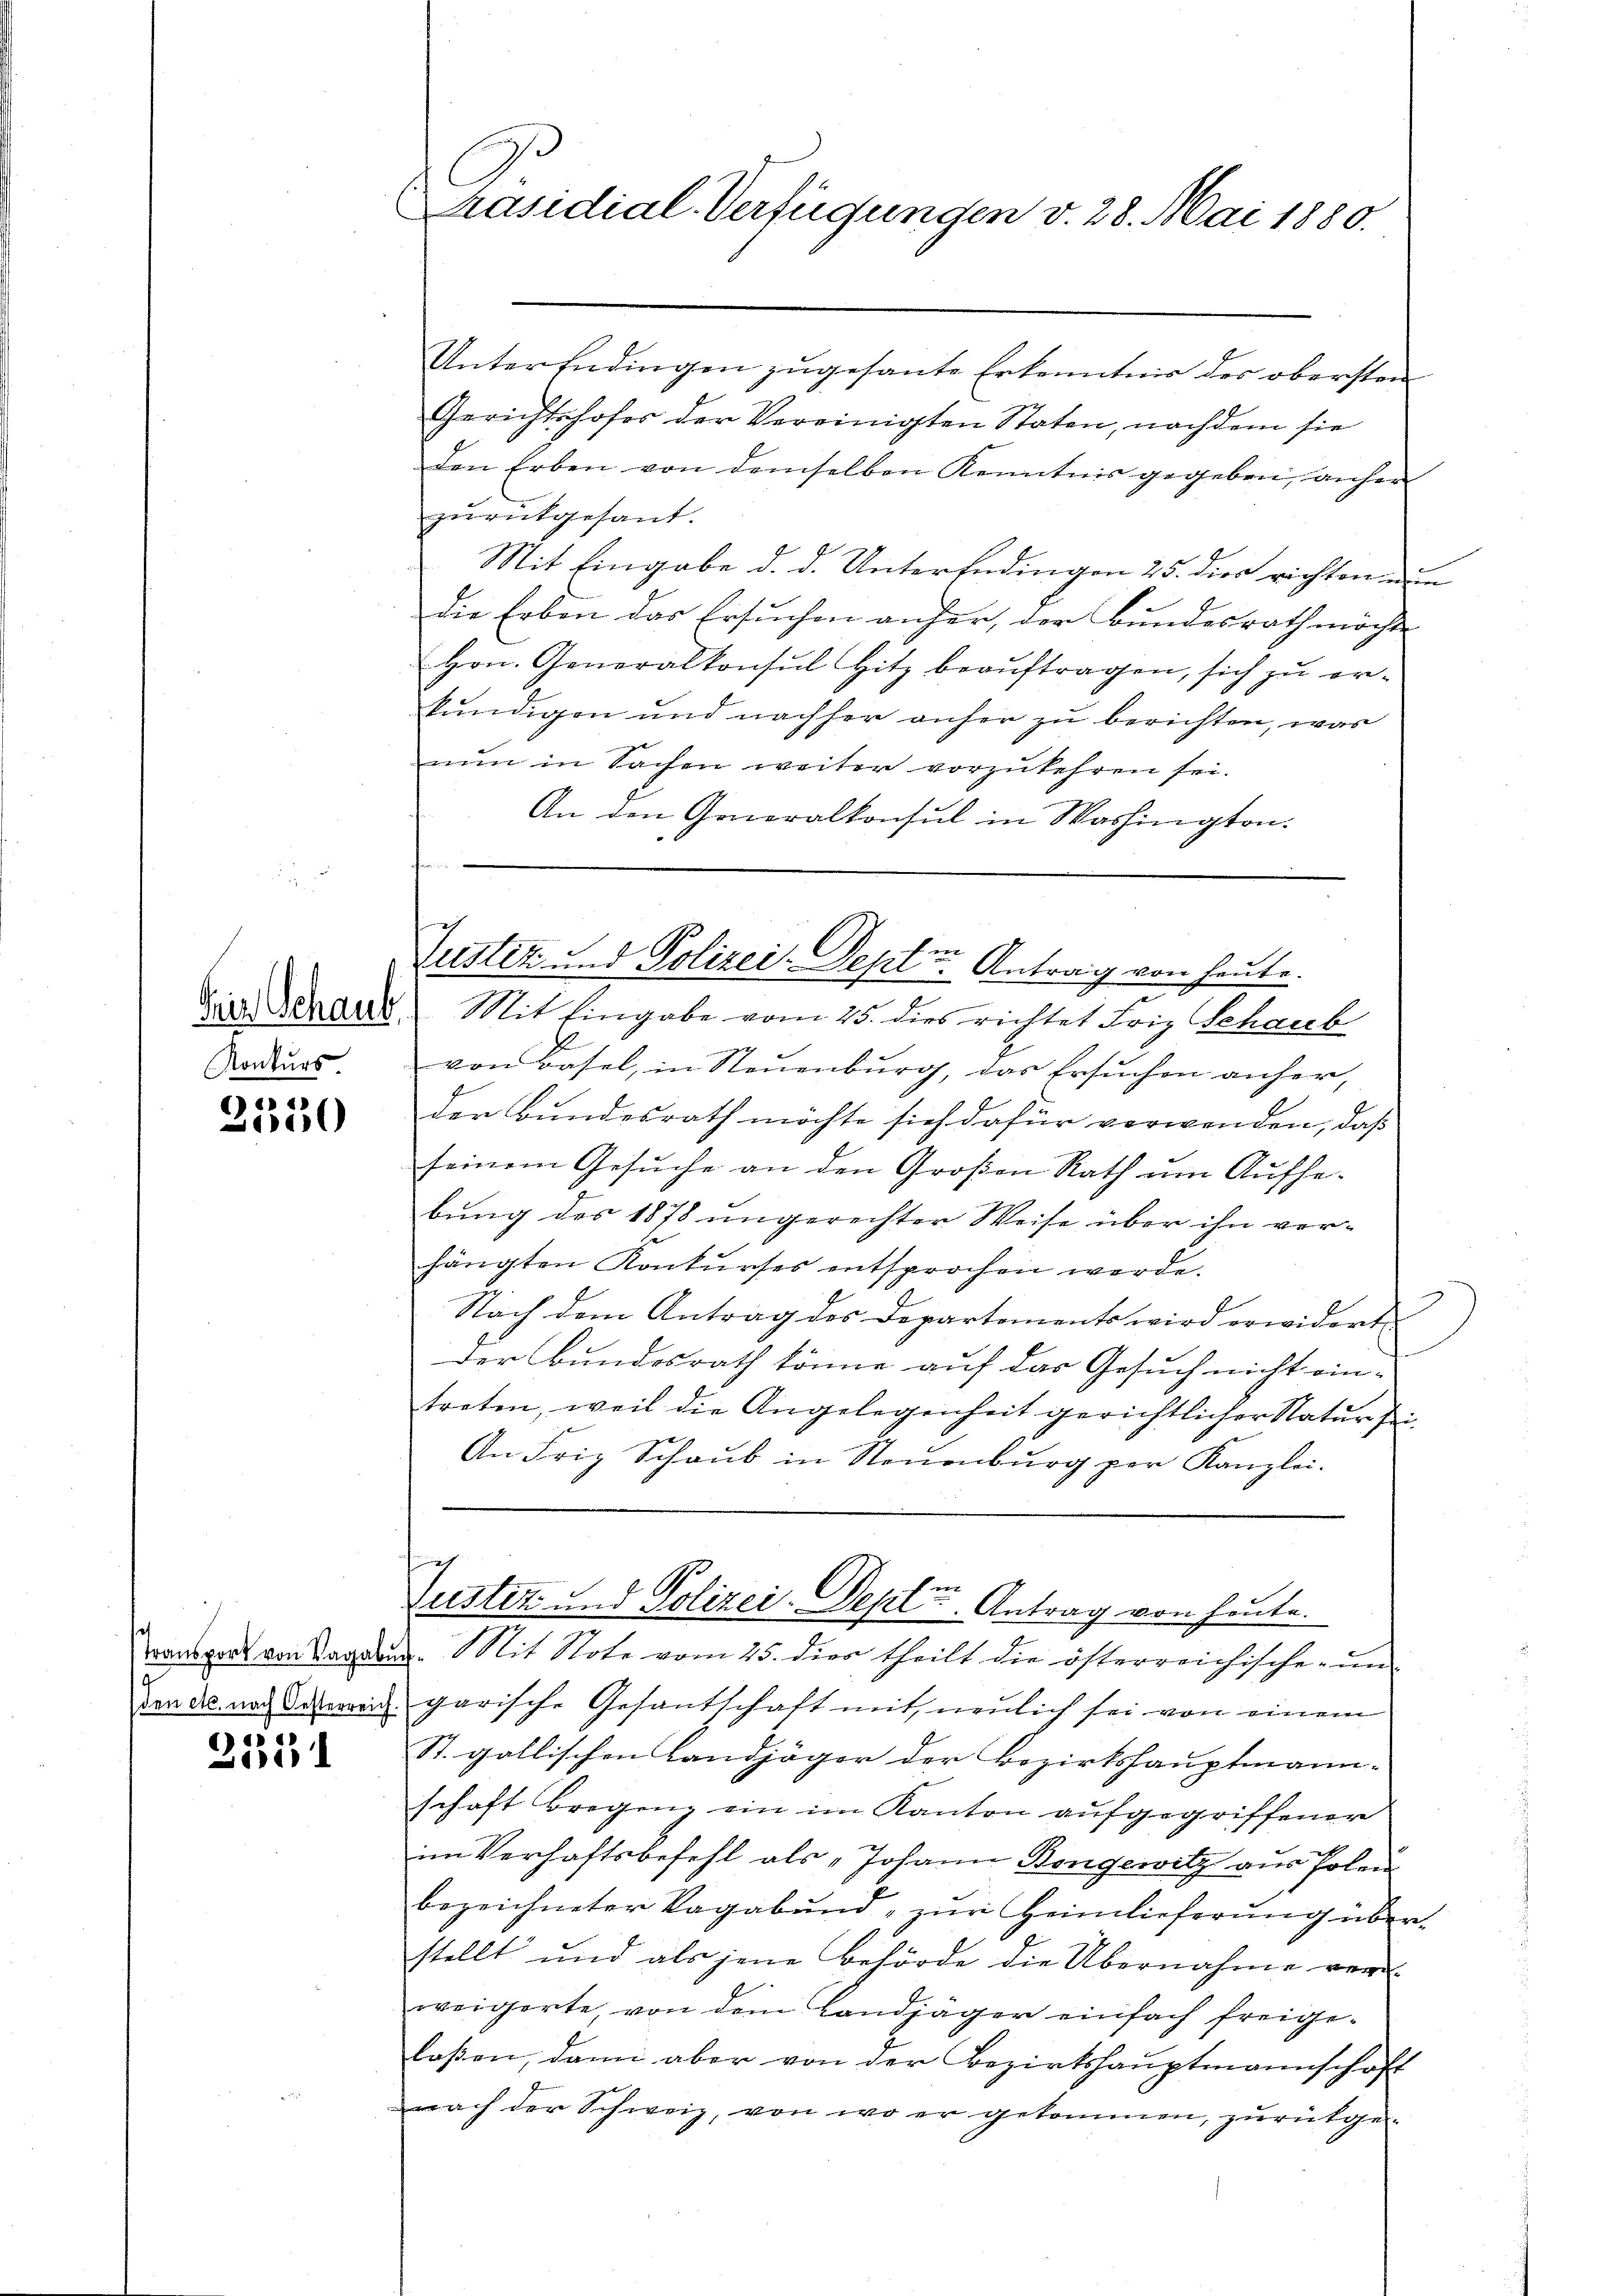
Frer Schaub
Konkurs

).1)
)

01)

Transport von Vagabu
den etc. nach Oesterreich.
)

Präsidial-Verfügungen v. 28. Mai 1880.

Justiz und Polizei-Septer Antrag von heute.
Mit Eingabe vom 25. dies richtet Friz Schaub

Unter Endingen zugesante Erkenntnis des obersten
Gerichtshofes der Vereinigten Staten, nachdem sie
den Erben von demselben Kenntnis gegeben, anher
zŭrückgesant.
Mit Eingabe d. d. Unterendingen 25. dies richtenen
die Erben das Ersuchen anher, der Bundesrath möchte
Hrn. Generalkonsul Hitz beauftragen, sich zu erkundigen und nachher anher zu berichten, was
nun in Sachen weiter vorzukehren sei.
An den Generalkonsul in Washington.

von Basel, in Neuenburg, das Ersuchen anher,
der Bundesrath möchte sich dafür verwenden, daß
seinem Gesuche an den Großen Rath um Aufhebung des 1878 ungerechter Weise über ihn vorhängten Konkurses entsprochen werde.
Nach dem Antrag des Departements wird erwidert.
Der Bundesrath könne auf das Gesuch nicht ein-
treten, weil die Angelegenheit gerichtlicher Natur sei¬
An Friz Schaub in Neuenburg per Kanzlei.
c
justiz und Polizei-Teplie. Antrag von heute.
. Mit Note vom 25. dies theilt die österreichische ŭm
garische Gesantschaft mit, neulich sei von einem
St. gallischen Landjäger der Bezirkshauptmann-
schaft Bregenz ein im Kanton aufgegriffener
im Verhaftsbefehl als „Johann Bongewitz aus Polen
bezeichneter Vagabund, zur Heimlieferung überstellt und als jene Behörde die Übernahme ver-
weigerte, von dem Landjäger einfach freigelaßen, dann aber von der Bezirkshauptmannschaft
nach der Schweiz, von wo er gekommen, zurükge¬